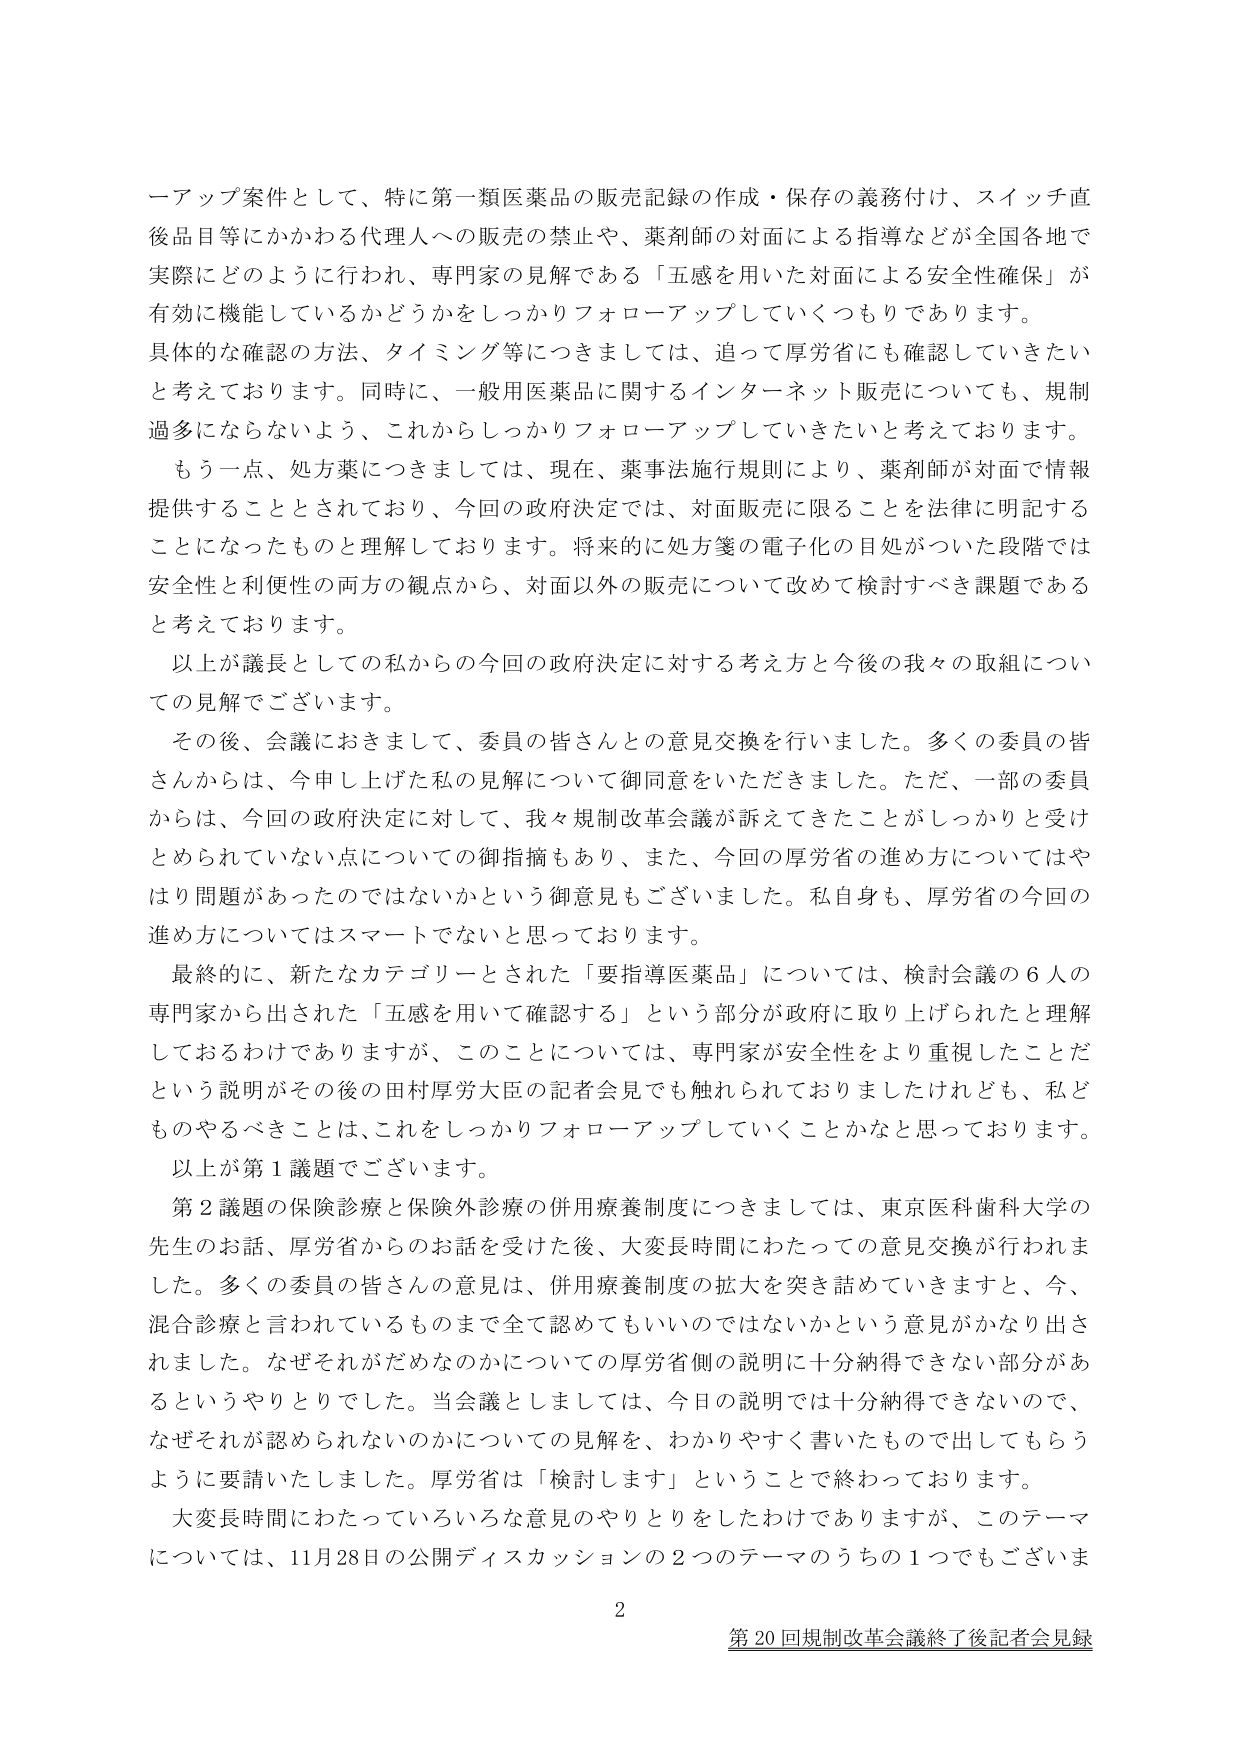
一アップ案件として、特に第一類医薬品の販売記録の作成・保存の義務付け、スイッチ直後品目等にかかわる代理人への販売の禁止や、薬剤師の対面による指導などが全国各地で実際にどのように行われ、専門家の見解である「五感を用いた対面による安全性確保」が有効に機能しているかどうかをしっかりフォローアップしていくつもりであります。
具体的な確認の方法、タイミング等につきましては、追って厚労省にも確認していきたいと考えております。同時に、一般用医薬品に関するインターネット販売についても、規制過多にならないよう、これからしっかりフォローアップしていきたいと考えております。
もう一点、処方薬につきましては、現在、薬事法施行規則により、薬剤師が対面で情報提供することとされており、今回の政府決定では、対面販売に限ることを法律に明記することになったものと理解しております。将来的に処方箋の電子化の目処がついた段階では安全性と利便性の両方の観点から、対面以外の販売について改めて検討すべき課題であると考えております。
以上が議長としての私からの今回の政府決定に対する考え方と今後の我々の取組についての見解でございます。
その後、会議におきまして、委員の皆さんとの意見交換を行いました。多くの委員の皆さんからは、今申し上げた私の見解について御同意をいただきました。ただ、一部の委員からは、今回の政府決定に対して、我々規制改革会議が訴えてきたことがしっかりと受けとめられていない点についての御指摘もあり、また、今回の厚労省の進め方についてはやはり問題があったのではないかという御意見もございました。私自身も、厚労省の今回の進め方についてはスマートでないと思っております。
最終的に、新たなカテゴリーとされた「要指導医薬品」については、検討会議の６人の専門家から出された「五感を用いて確認する」という部分が政府に取り上げられたと理解しておるわけでありますが、このことについては、専門家が安全性をより重視したことだという説明がその後の田村厚労大臣の記者会見でも触れられておりましたけれども、私どものやるべきことは、これをしっかりフォローアップしていくことかなと思っております。
以上が第１議題でございます。
第２議題の保険診療と保険外診療の併用療養制度につきましては、東京医科歯科大学の先生のお話、厚労省からのお話を受けて後、大変長時間にわたっての意見交換が行われました。多くの委員の皆さんの意見は、併用療養制度の拡大を突き詰めていきますと、今、混合診療と言われているものまで全て認めてもいいのではないかという意見がかなり出されました。なぜそれがだめなのかについての厚労省側の説明に十分納得できない部分があるというやりとりでした。当会議としましては、今日の説明では十分納得できないので、なぜそれが認められないのかについての見解を、わかりやすく書いたもので出してもらうように要請いたしました。厚労省は「検討します」ということで終わっております。
大変長時間にわたっていろいろな意見のやりとりをしたわけでありますが、このテーマについては、11月28日の公開ディスカッションの２つのテーマのうちの１つでもございます
2
第20回規制改革会議終了後記者会見録